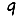
Digit: 9